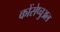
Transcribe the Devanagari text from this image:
कोंसेप्चुअल